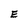
Character: E